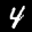
Label: 4